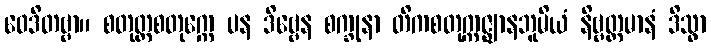
ဝေဒိတဗ္ဗာ။ စတုတ္ထစတုက္ကေ ပန ဒိဗ္ဗေန စက္ခုနာ တိကစတုက္ကဇ္ဈာနဘူမိယံ နိဗ္ဗတ္တမာနံ ဒိသွာ